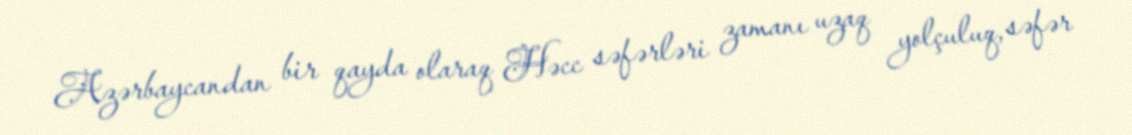
Azərbaycandan bir qayda olaraq Həcc səfərləri zamanı uzaq yolçuluq, səfər